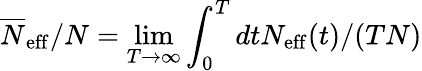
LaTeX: \overline{{N}}_{\mathrm{eff}}/N=\operatorname*{lim}_{T\rightarrow\infty}\int_{0}^{T}dtN_{\mathrm{eff}}(t)/(TN)